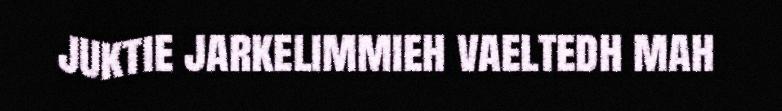
juktie jarkelimmieh vaeltedh mah